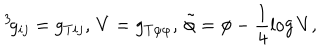
\, ^ { 3 } \! g _ { i j } = g _ { T i j } , \, V = g _ { T \varphi \varphi } , \, \tilde { \phi } = \phi - \frac { 1 } { 4 } \log V ,